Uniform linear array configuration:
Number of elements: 48
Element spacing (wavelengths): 0.5
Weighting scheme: hann
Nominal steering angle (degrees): -30
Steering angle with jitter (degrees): -28.958
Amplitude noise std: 0.05
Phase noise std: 0.05

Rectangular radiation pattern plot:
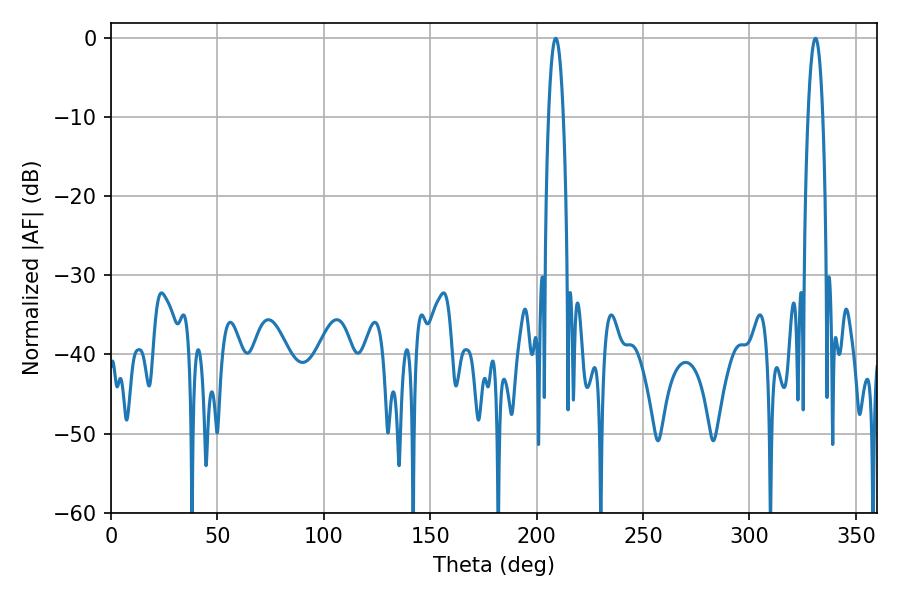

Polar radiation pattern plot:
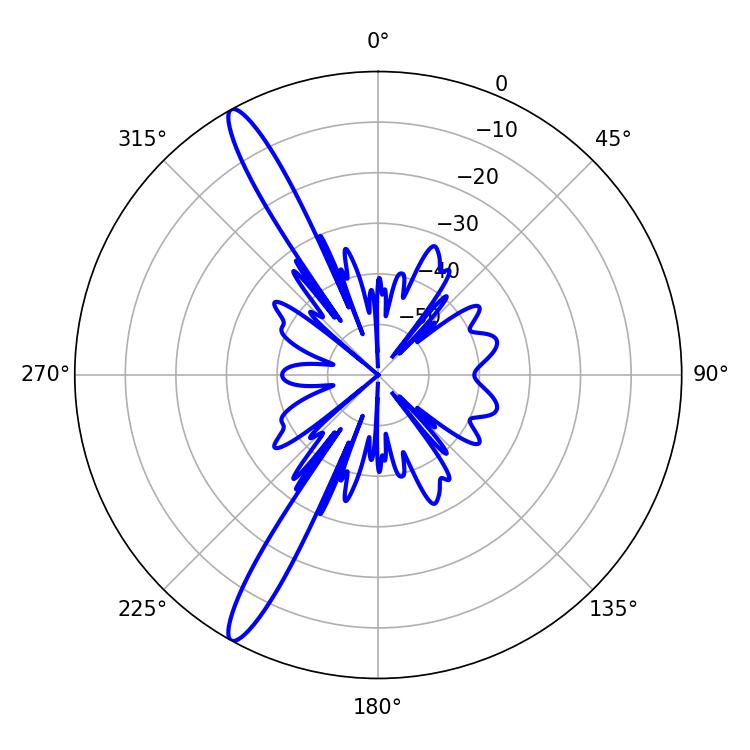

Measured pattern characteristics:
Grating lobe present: FALSE
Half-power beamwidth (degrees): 3.96
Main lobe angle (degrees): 331.02